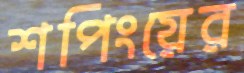
শপিংয়ের